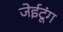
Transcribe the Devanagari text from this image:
जेईटूंग